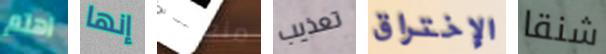
اهتم إنها منعشة تعذيب الإختراق شنقا